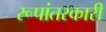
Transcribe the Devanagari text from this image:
रूपांतरकारी